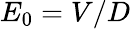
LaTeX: E_{0}=V/D